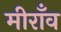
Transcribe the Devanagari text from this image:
मीराँव